On the action of the venoms of the cobra (Naja tripudians) and of the daboia (Daboia russellii) on the red blood corpuscles and on the blood plasma - Number 4
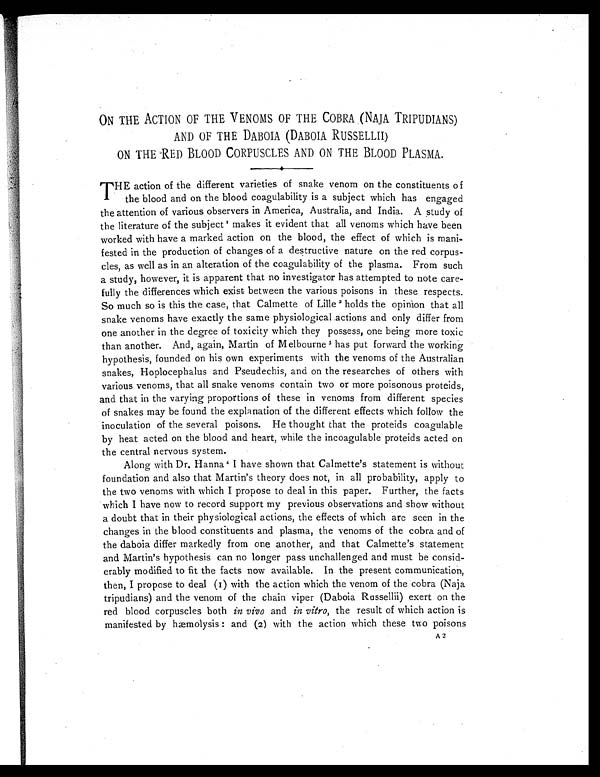
ON THE ACTION OF THE VENOMS OF THE COBRA (NAJA TRIPUDIANS)
AND OF THE DABOIA (DABOIA RUSSELLII)
ON THE RED BLOOD CORPUSCLES AND ON THE BLOOD PLASMA.
T HE action of the different varieties of snake venom on the constituents of
1
the bood and on the blood coagulability is a subject which has engaged
the attention of various observers in America, Australia, and India. A study of
the literature of the subject' makes it evident that all venoms which have been
worked with have a marked action on the blood, the effect of which is mani-
fested in the production of changes of a destructive nature on the red corpus-
cles, as well as in an alteration of the coagulability of the plasma. From such
a study, however, it is apparent that no investigator has attempted to note care-
fully the differences which exist between the various poisons in these respects.
So much so is this the case, that Calmette of Lille 2 holds the opinion that all
snake venoms have exactly the same physiological actions and only differ from
one another in the degree of toxicity which they possess, one being more toxic
than another. And, again, Martin of Melbourne 3 has put forward the working
hypothesis, founded on his own experiments with the venoms of the Australian
snakes, Hoplocephalus and Pseudechis, and on the researches of others with
various venoms, that all snake venoms contain two or more poisonous proteids,
and that in the varying proportions of these in venoms from different species
of snakes may be found the explanation of the different effects which follow the
inoculation of the several poisons. He thought that the proteids coagulable
by heat acted on the blood and heart, while the incoagulable proteids acted on
the central nervous system.
Along with Dr. Hanna 4 I have shown that Calmette's statement is without
foundation and also that Martin's theory does not, in all probability, apply to
the two venoms with which I propose to deal in this paper. Further, the facts
which I have now to record support my previous observations and show without
a doubt that in their physiological actions, the effects of which are seen in the
changes in the blood constituents and plasma, the venoms of the cobra and of
the daboia differ markedly from one another, and that Calmette's statement
and Martin's hypothesis can no longer pass unchallenged and must be consid-
erably modified to fit the facts now available. In the present communication,
then, I propose to deal (I) with the action which the venom of the cobra (Naja
tripudians) and the venom of the chain viper (Daboia Russellii) exert on the
red blood corpuscles both in vivo and in vitro, the result of which action is
manifested by hæmolysis : and (2) with the action which these two poisons
A2